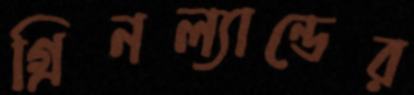
গ্রিনল্যান্ডের